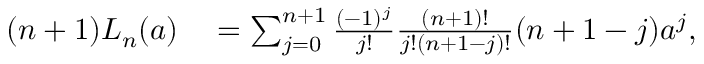
\begin{array} { r l } { ( n + 1 ) L _ { n } ( a ) } & { { } = \sum _ { j = 0 } ^ { n + 1 } \frac { ( - 1 ) ^ { j } } { j ! } \frac { ( n + 1 ) ! } { j ! ( n + 1 - j ) ! } ( n + 1 - j ) a ^ { j } , } \end{array}